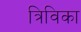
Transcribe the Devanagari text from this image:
त्रिविका